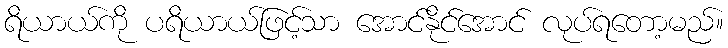
ရိယာယ်ကို ပရိယာယ်ဖြင့်သာ အောင်နိုင်အောင် လုပ်ရတော့မည်။